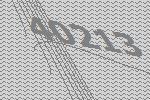
40213